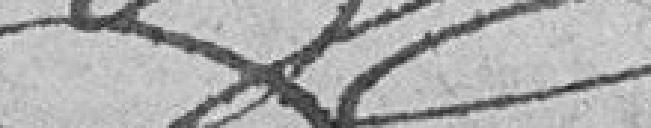
?